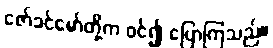
ဇော်ခင်မော်တို့က ဝင်၍ ပြောကြသည်။